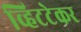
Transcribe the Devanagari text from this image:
व्हिटटेकर